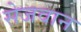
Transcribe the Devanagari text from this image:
सेजवान